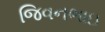
જિવનભાઇ